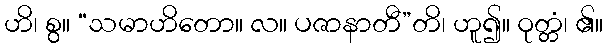
ဟိ၊ စွ။ “သမာဟိတော။ လ။ ပဇာနာတီ”တိ၊ ဟူ၍။ ဝုတ္တံ၊ ၏။